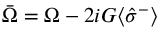
\bar { \Omega } = \Omega - 2 i { \cal G } \langle \hat { \sigma } ^ { - } \rangle